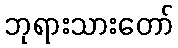
ဘုရားသားတော်